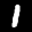
Digit: 1